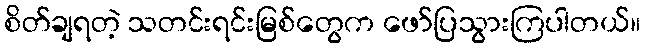
စိတ်ချရတဲ့ သတင်းရင်းမြစ်တွေက ဖော်ပြသွားကြပါတယ်။